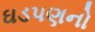
ઘડપણનો